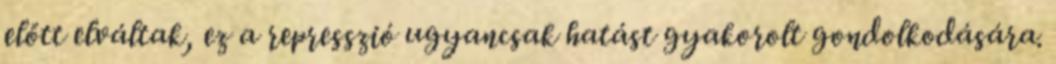
előtt elváltak, ez a represszió ugyancsak hatást gyakorolt gondolkodására.